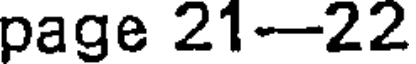
page 21--22